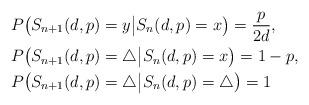
LaTeX: \begin{align*}&P\big(S_{n+1}(d,p)=y\big|S_n(d,p)=x\big)=\frac{p}{2d},\\&P\big(S_{n+1}(d,p)=\triangle\big|S_n(d,p)=x\big)=1-p,\\&P\big(S_{n+1}(d,p)=\triangle\big|S_n(d,p)=\triangle\big)=1 \end{align*}